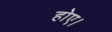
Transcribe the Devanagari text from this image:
होए।